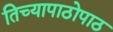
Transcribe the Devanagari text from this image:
तिच्यापाठोपाठ